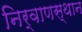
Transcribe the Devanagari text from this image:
निर्वाणस्थान